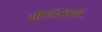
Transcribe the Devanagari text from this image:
शीतोपचार